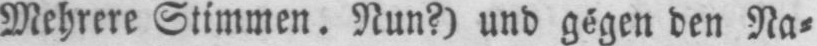
Mehrere Stimmen. Nun?) und gégen den Na⸗